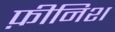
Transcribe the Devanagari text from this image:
फ़ीनिश